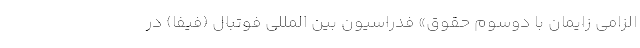
الزامی زایمان با دوسوم حقوق» فدراسیون بین المللی فوتبال (فیفا) در